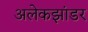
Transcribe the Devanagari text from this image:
अलेकझांडर